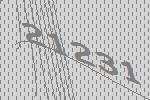
21231